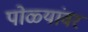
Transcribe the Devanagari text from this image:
पोळ्यांवर